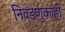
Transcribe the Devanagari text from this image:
निवडणुकाही